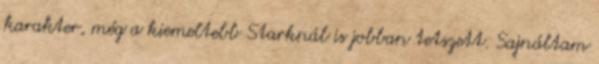
karakter, még a kiemeltebb Starknál is jobban tetszett. Sajnáltam